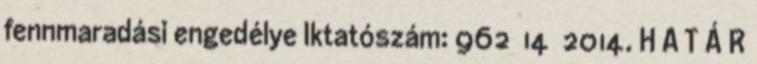
fennmaradási engedélye Iktatószám: 962 14 2014. H A T Á R